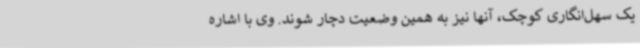
یک سهل‌انگاری کوچک، آنها نیز به همین وضعیت دچار شوند. وی با اشاره